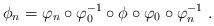
LaTeX: \begin{align*}\phi_n=\varphi_n\circ\varphi_0^{-1}\circ\phi\circ\varphi_0\circ\varphi_n^{-1} \ .\end{align*}